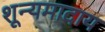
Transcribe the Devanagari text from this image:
शून्यमादाय